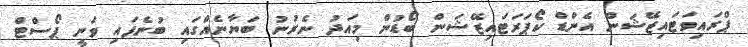
ޕްރައިވަޓައިޒޭޝަން އެންޑް ކޯޕަރަޓައިޒޭޝަން ބޯޑުން މިއަދު ނެރުނު ބަޔާނެއްގައި ބުނެފައި ވަނީ ޕޯސްޓް